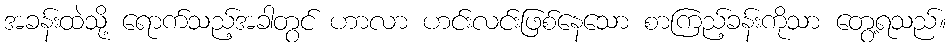
အခန်းထဲသို့ ရောက်သည့်အခါတွင် ဟာလာ ဟင်းလင်းဖြစ်နေသော စာကြည့်ခန်းကိုသာ တွေ့ရသည်။